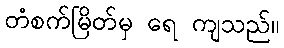
တံစက်မြိတ်မှ ရေ ကျသည်။